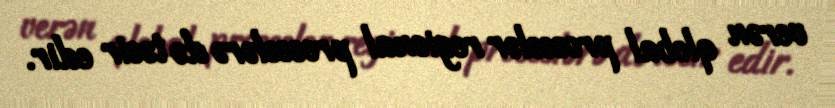
verən qlobal proseslər regional proseslərə də təsir edir.